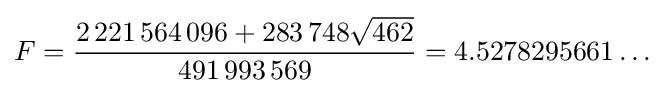
F={\frac {2\,221\,564\,096+283\,748{\sqrt {462}}}{491\,993\,569}}=4.5278295661\dots